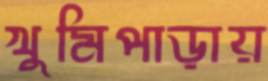
খুমিপাড়ায়